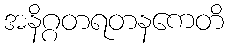
အနိဂ္ဂတရတနကေတိ